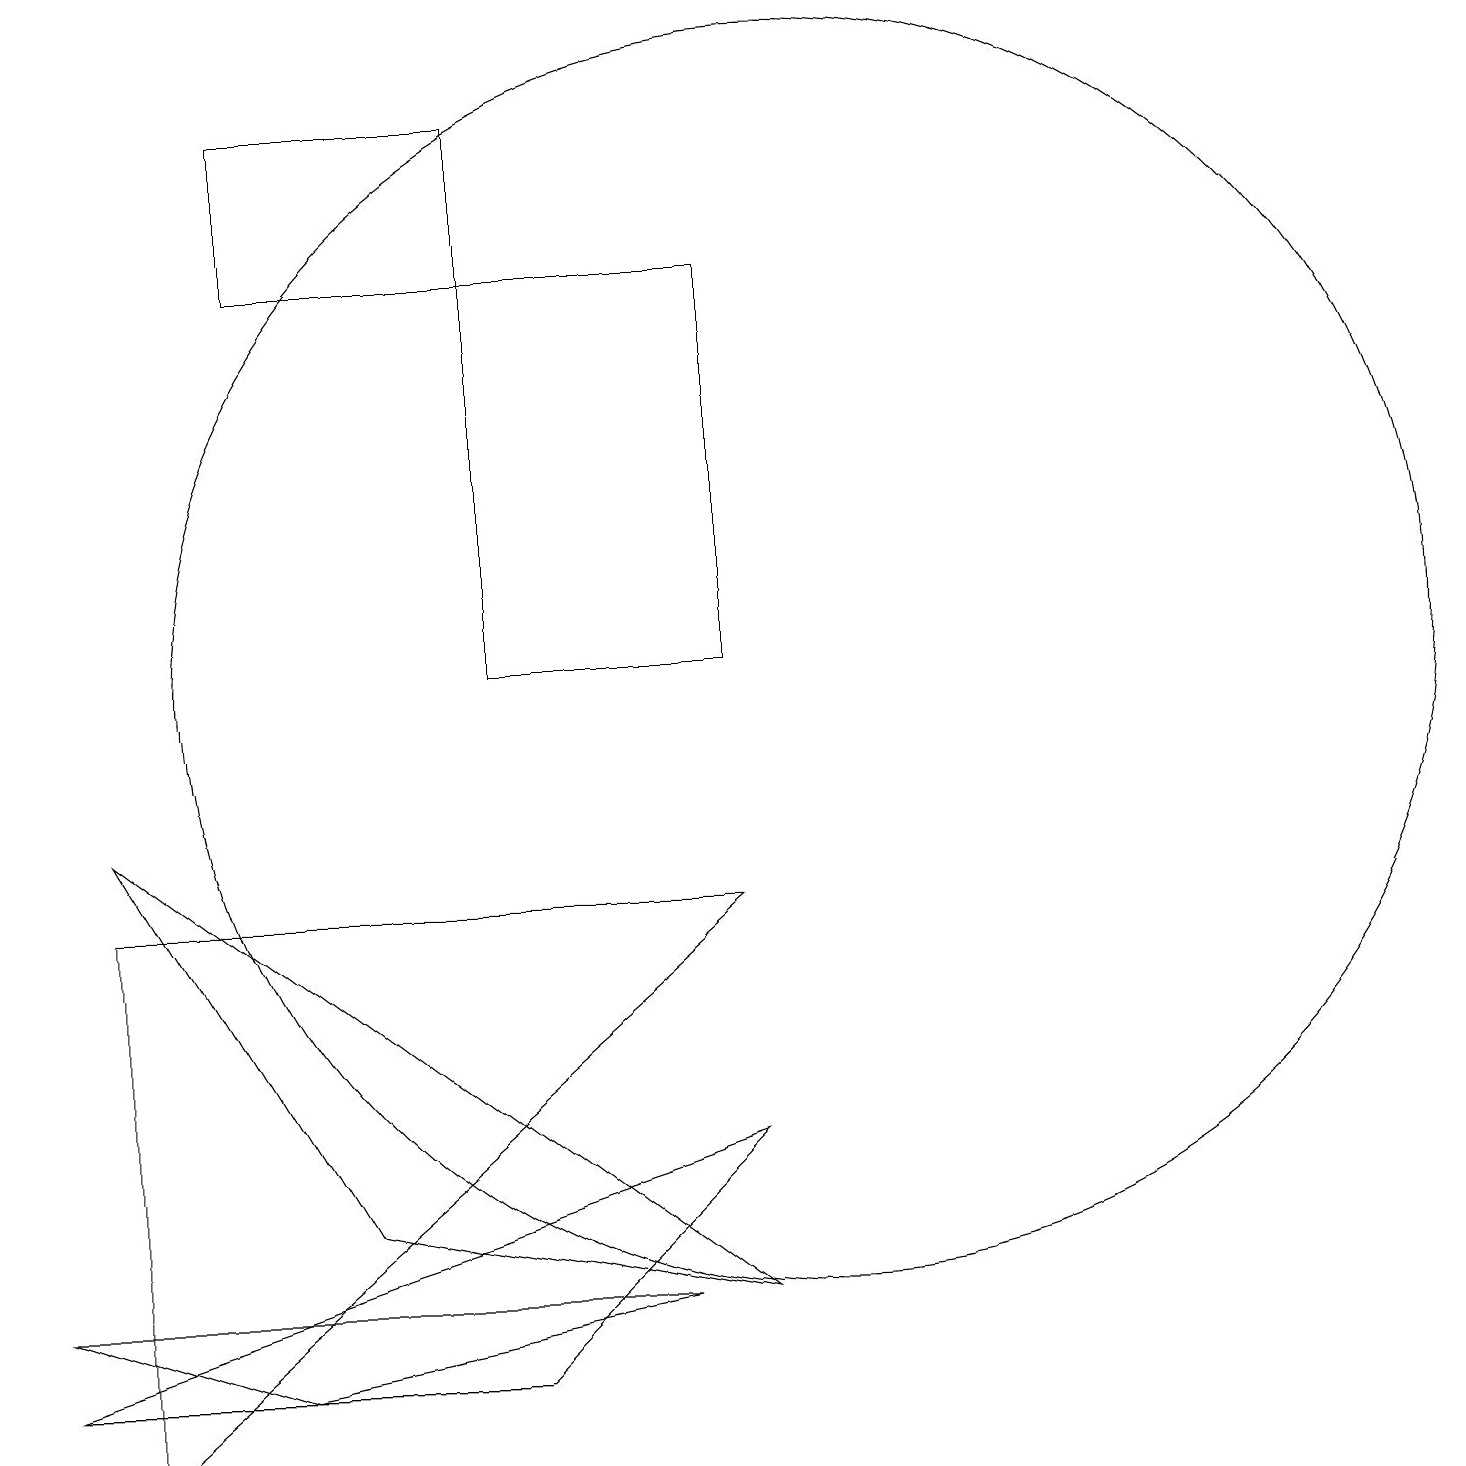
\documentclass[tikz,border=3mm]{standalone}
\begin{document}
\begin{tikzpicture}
\draw (10,10) circle (8);
\draw (9,10) rectangle (6,15);
\draw (1,0) -- (1,7) -- (9,7) -- cycle;
\draw (9,4) -- (6,1) -- (0,1) -- cycle;
\draw (3,17) rectangle (6,15);
\draw (9,2) -- (1,8) -- (4,3) -- cycle;
\draw (3,1) -- (8,2) -- (0,2) -- cycle;
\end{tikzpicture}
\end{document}